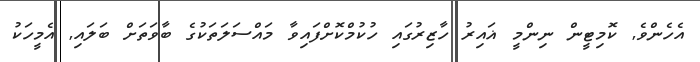
އެހެންވެ